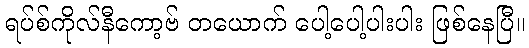
ရပ်စ်ကိုလ်နီကော့ဗ် တယောက် ပေါ့ပေါ့ပါးပါး ဖြစ်နေပြီ။